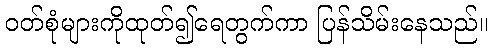
ဝတ်စုံများကိုထုတ်၍ရေတွက်ကာ ပြန်သိမ်းနေသည်။